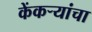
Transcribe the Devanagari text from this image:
केंकर्‍यांचा